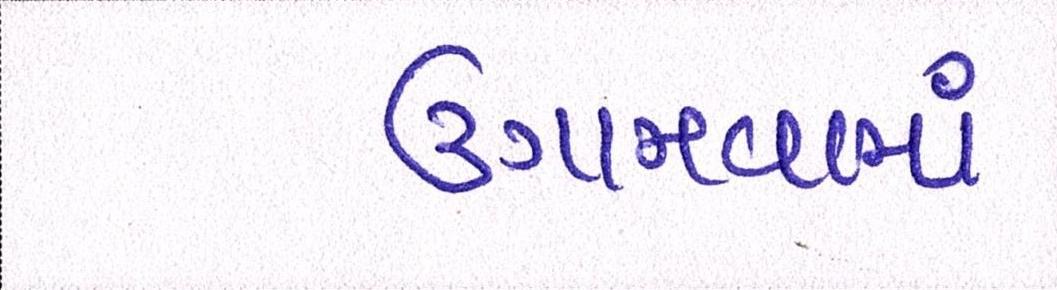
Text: ઉગામવામાં